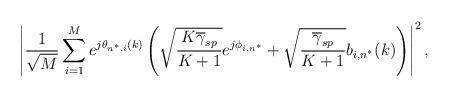
LaTeX: \begin{align*}\left|\frac{1}{\sqrt{M}}\sum_{i=1}^{M} e^{j\theta_{n^{*},i}(k)} \left(\sqrt{\frac{K \overline{\gamma}_{sp}}{K+1}} e^{j \phi_{i,n^{*}}} + \sqrt{\frac{\overline{\gamma}_{sp}}{K+1}} b_{i,n^{*}}(k)\right)\right|^{2},\end{align*}